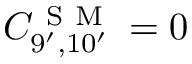
C _ { 9 ^ { \prime } , 1 0 ^ { \prime } } ^ { \mathrm { ~ S ~ M ~ } } = 0